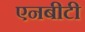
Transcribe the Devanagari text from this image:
एनबीटी